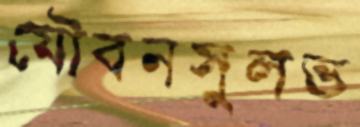
যৌবনসুলভ